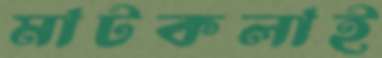
মাটকলাই